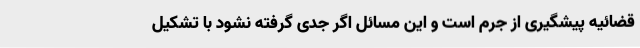
قضائیه پیشگیری از جرم است و این مسائل اگر جدی گرفته نشود با تشکیل